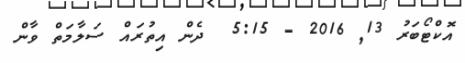
އޮކްޓޯބަރު 13